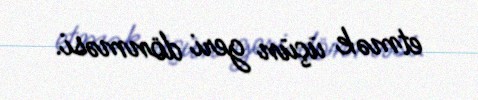
etmək üçün geri dönməsi.